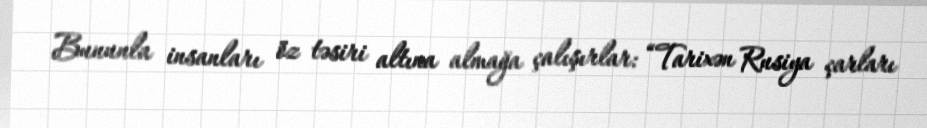
Bununla insanları öz təsiri altına almağa çalışırlar: “Tarixən Rusiya çarları